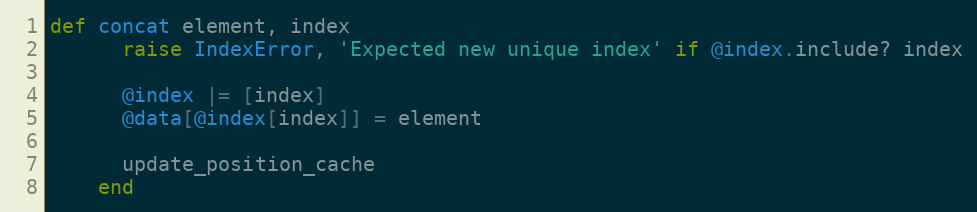
Language: Ruby
def concat element, index
      raise IndexError, 'Expected new unique index' if @index.include? index

      @index |= [index]
      @data[@index[index]] = element

      update_position_cache
    end